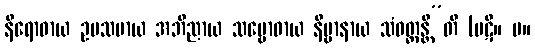
နိရောဓာယ ဥပသမာယ အဘိညာယ သမ္ဗောဓာယ နိဗ္ဗာနာယ သံဝတ္တန္တီ”တိ (ပဋိ။ မ။